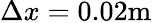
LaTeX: \Delta x=0.02\textrm{m}